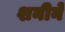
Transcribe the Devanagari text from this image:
शनीने